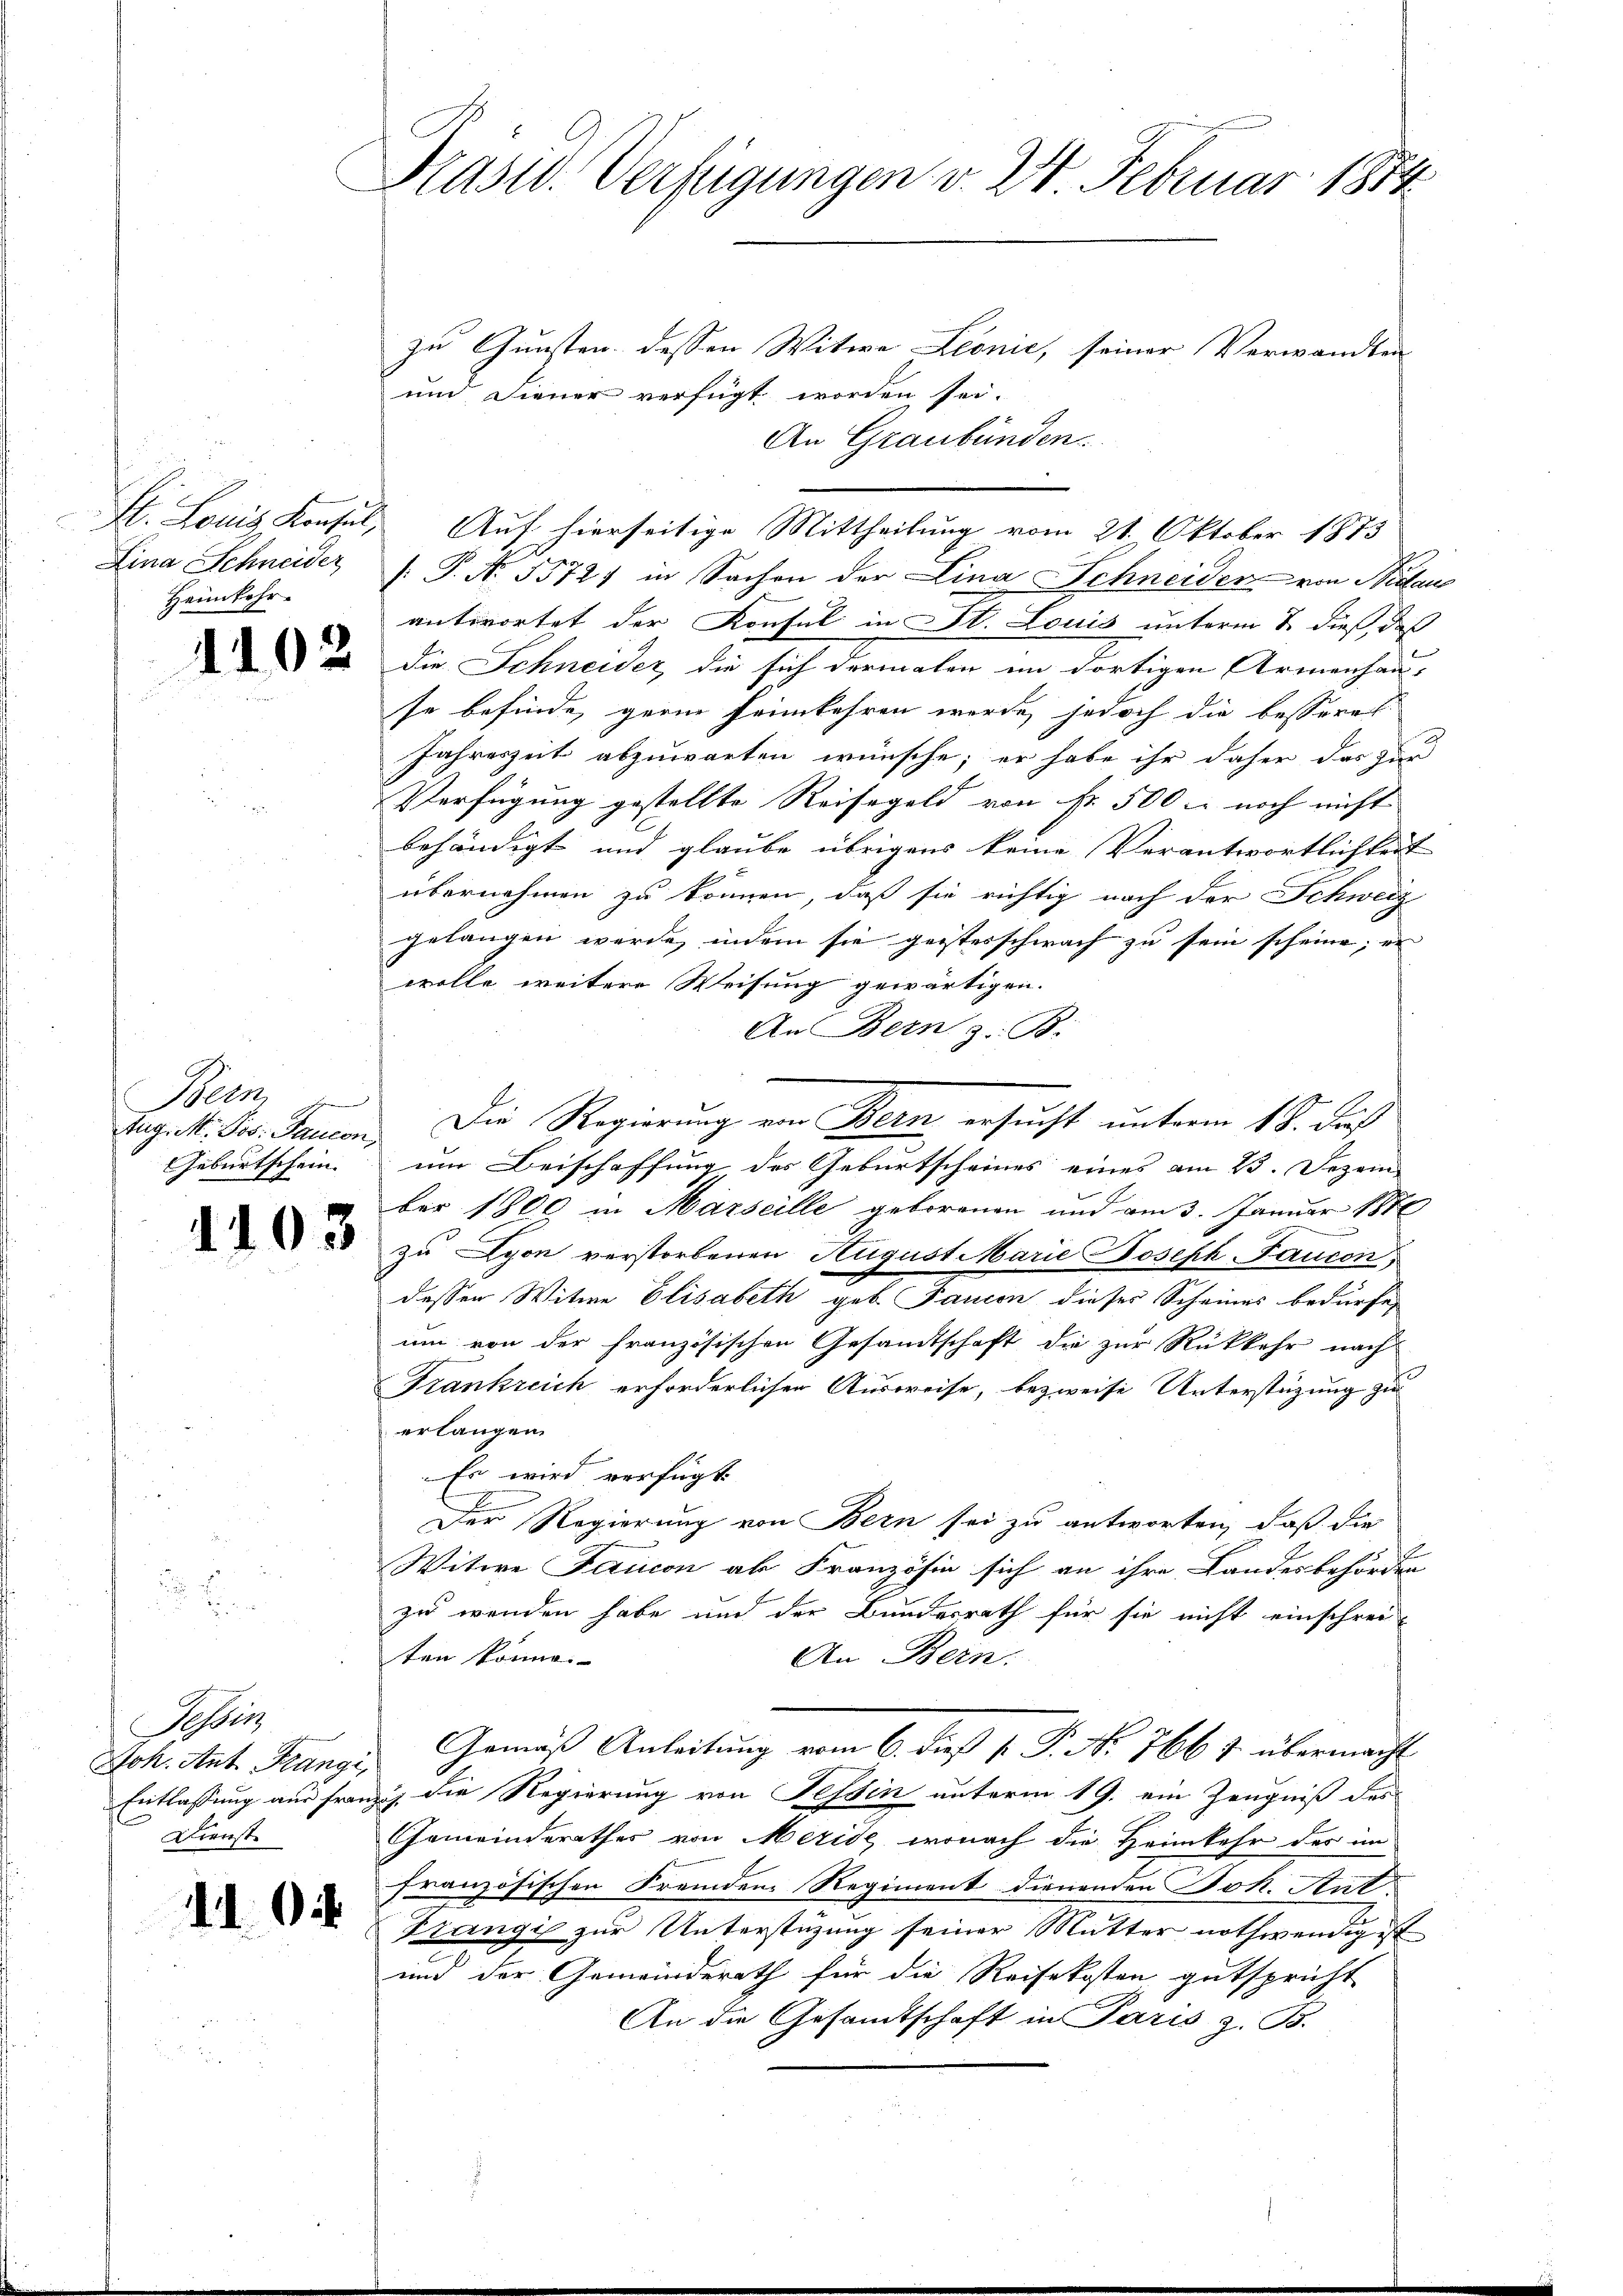
Lina Schneider
Heimkehr

Heln
Geburtschein. |

1103

Fessen
Joh. Ant. Frangi,
Dienste

104

Präsid. Verfügungen v. 24. Februar 1884

zu Gunsten dessen Witwe Leonie, seiner Verwandten
und diener verfügt worden sei.
An Graubünden.
 P. Nr. 5572) in Sachen der Lina Schneider von Nidau
antwortet der Konsul in St. Louis unterm 2. dieß, das
 Die Schneider, die sich dermalen im dortigen Armenhaus
se befinde, gerne Heimkehren werde, jedoch die besseres
Jahreszeit abzuwarten wünsche; er habe ihr daher das zur
Verfügung gestellte Reisegeld von Fr. 500 l. noch nicht
behändigt und glaube übrigens keine Verantwortlichkeit
übernehmen zu können, daß sie richtig nach der Schweiz
gelangen werde, indem sie geisterschwach zu sein scheine; er
wolle weitere Weisung gewärtigen.
An Bern z. B.
um Beischaffung des Geburtscheines eines am 23. Dezem
ber 1800 in Marseille geborenen und am 3. Januar 1880
zu Lyon verstorbenen August Marie Joseph Taucon
dessen Witwe Elisabeth geb. Tanion dieses Scheines bedürfe,
um von der französischen Gesandtschaft die zur Rückkehr nach
Frankreich erforderlichen Ausweise, bezweife Unterstüzung zu
erlangen.
Es wird verfügt:
Der Regierung von Bern sei zu antworten, daß die
Witwe Faricon ab Französin sich an ihre Landesbehörden
zu wenden habe und der Bundesrath für sie nicht einschrei-
ten könne.
An Bern.
Gemäß Anleitung vom 6. dieß P. P. Nr. 766 & übermacht
Entlassung aus franzig die Regierung von Tessin unterm 19. ein Zeugniß des
Gemeinderathes von Meride, wonach die Heimkehr des im
französischen Fremden Regiment dienenden Joh. Ant.
Prangig zur Unterstüzung seiner Mutter nothwendig ist
und der Gemeinderath für die Reisekosten gutspricht
An die Gesamtschaft in Paris z. B.

St. Louis Konsul, Auf hierseitige Mittheilung vom 21. Oktober 1873

Jug. M. Ges. Paucon Die Regierung von Bern ersucht unterm 18. dur